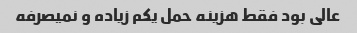
عالی بود فقط هزینه حمل یکم زیاده و نمیصرفه